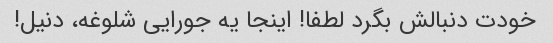
خودت دنبالش بگرد لطفا! اینجا یه جورایی شلوغه، دنیل!